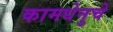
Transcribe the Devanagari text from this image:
कामधेनुचे